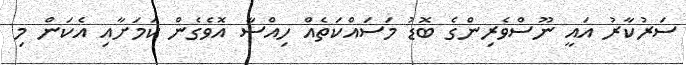
ސަރުކާރު އައީ ނޫސްވެރިންގެ ބޮޑު މަސައްކަތެއް ހިއްސާ އޮވެގެން ކަމަށާއި އެކަން މި